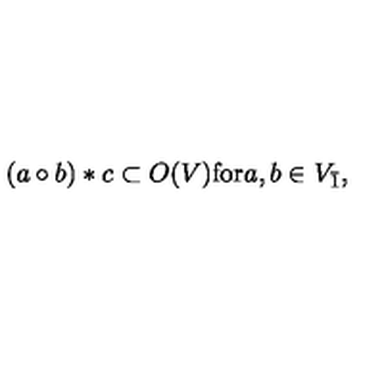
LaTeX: ( a \circ b ) * c \subset O ( V ) \mathrm { f o r } a , b \in V _ { \bar { 1 } } ,